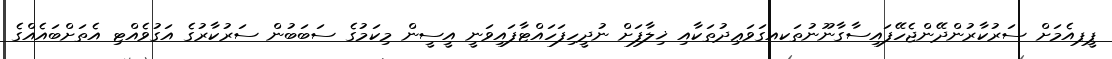
ޕީޕއެމަށް ސަރުކާރުންދޭންޖެހޭފައިސާގާނޫނުތަކއގަވަޢިދުތަކާއި ޚިލާފަށް ނުދީހިފަހައްޓާފައިވަނީ އީސީން މިކަމުގެ ސަބަބުން ސަރުކާރުގެ އަގުވެއްޓި އެތަށްބައެއްގެ